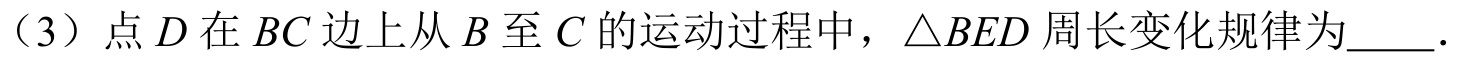
（3）点 \(D\) 在 \(BC\) 边上从 \(B\) 至 \(C\) 的运动过程中，\(\triangle BED\) 周长变化规律为_____．